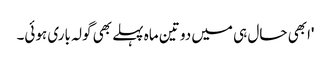
'ابھی حال ہی میں دو تین ماہ پہلے بھی گولہ باری ہوئی۔